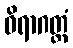
ဝိရာဂတ္ထံ